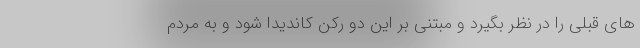
های قبلی را در نظر بگیرد و مبتنی بر این دو رکن کاندیدا شود و به مردم